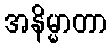
အနိမ္မာတာ